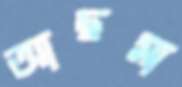
আছমা